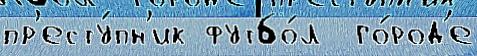
пр'есту́пн'ик футбо́л  го́род'е